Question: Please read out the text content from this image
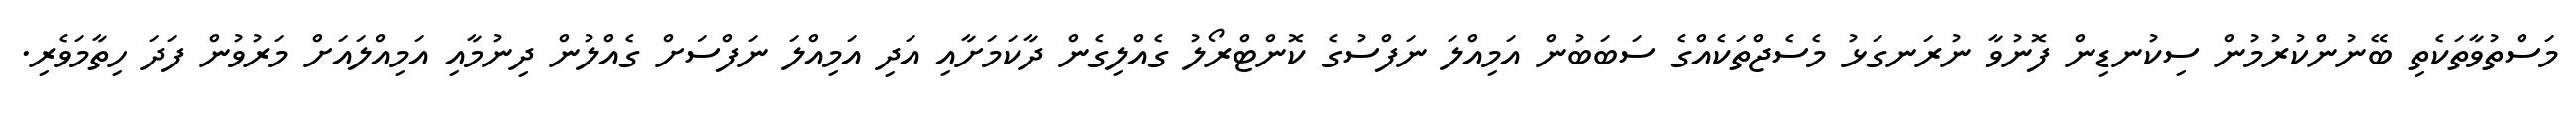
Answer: މަސްތުވާތަކެތި ބޭނުންކުރުމުން ސިކުނޑިން ފޮނުވާ ނުރަނގަޅު މެސެޖްތަކެއްގެ ސަބަބުން އަމިއްލަ ނަފްސުގެ ކޮންޓްރޯލު ގެއްލިގެން ދާކަމަށާއި އަދި އަމިއްލަ ނަފްސަށް ގެއްލުން ދިނުމާއި އަމިއްލައަށް މަރުވުން ފަދަ ހިތާމަވެރި.